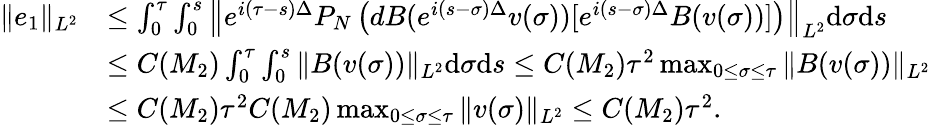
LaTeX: \begin{array}{rl}{\| e_{1}\| _{L^{2}}}&{\leq\int_{0}^{\tau}\int_{0}^{s}\left\| e^{i(\tau-s)\Delta}P_{N}\left(dB(e^{i(s-\sigma)\Delta}v(\sigma))[e^{i(s-\sigma)\Delta}B(v(\sigma))]\right)\right\| _{L^{2}}\mathrm{d}\sigma\mathrm{d}s}\\ &{\leq C(M_{2})\int_{0}^{\tau}\int_{0}^{s}\| B(v(\sigma))\| _{L^{2}}\mathrm{d}\sigma\mathrm{d}s\leq C(M_{2})\tau^{2}\operatorname*{max}_{0\leq\sigma\leq\tau}\| B(v(\sigma))\| _{L^{2}}}\\ &{\leq C(M_{2})\tau^{2}C(M_{2})\operatorname*{max}_{0\leq\sigma\leq\tau}\| v(\sigma)\| _{L^{2}}\leq C(M_{2})\tau^{2}.}\end{array}